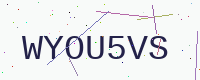
Text: WYOU5VS